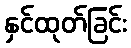
နှင်ထုတ်ခြင်း